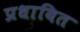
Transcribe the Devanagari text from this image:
प्रधावित